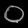
Digit: ၀